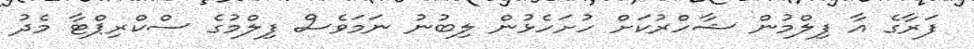
ފަރާގެ އާ ފިލްމުން ޝާހްރުކަށް ހުށަހެޅުން ލިބުނު ނަމަވެސް ފިލްމުގެ ސްކްރިޕްޓާ މެދު